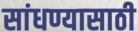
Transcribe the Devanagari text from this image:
सांधण्यासाठी